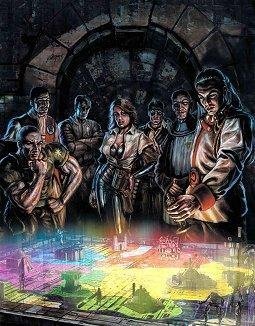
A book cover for Classic Battletech: Interstellar Players (FPR35003); FanPro; Science Fiction & Fantasy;